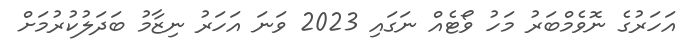
އަހަރުގެ ނޮވެމްބަރު މަހު ވޯޓެއް ނަގައި 2023 ވަނަ އަހަރު ނިޒާމު ބަދަލުކުރުމަށް